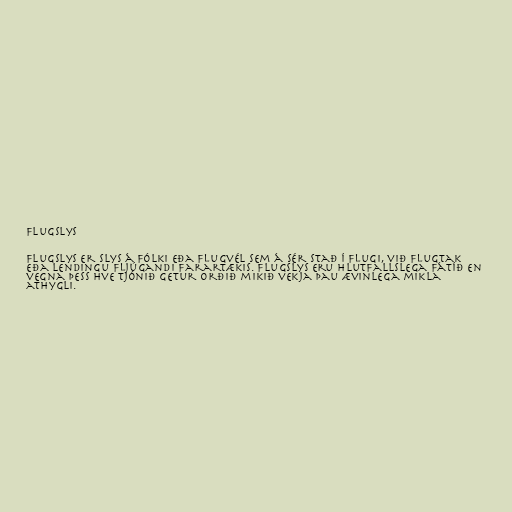
Flugslys

Flugslys er slys á fólki eða flugvél sem á sér stað í flugi, við flugtak
eða lendingu fljúgandi farartækis. Flugslys eru hlutfallslega fátíð en
vegna þess hve tjónið getur orðið mikið vekja þau ævinlega mikla
athygli.